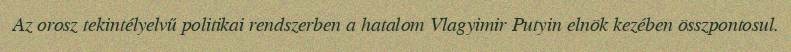
Az orosz tekintélyelvű politikai rendszerben a hatalom Vlagyimir Putyin elnök kezében összpontosul.